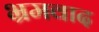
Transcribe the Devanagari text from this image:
भ्रमवाद